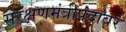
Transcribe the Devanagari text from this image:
संरक्षणमंत्रीपदावर